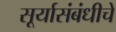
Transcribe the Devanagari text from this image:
सूर्यासंबंधीचे